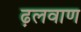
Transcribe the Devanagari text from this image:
ढ़लवाण